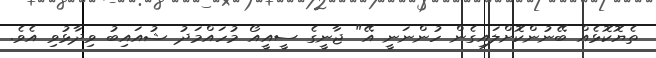
ތެޔޮކޮޅެއް ބޭނުންކޮށްލައިގެން ހުންނަނީ އޭ" ޖާނީގެ ސީއީއޯ މުހައްމަދު ޝުއައިބު ވިދާޅުވި އެވެ.